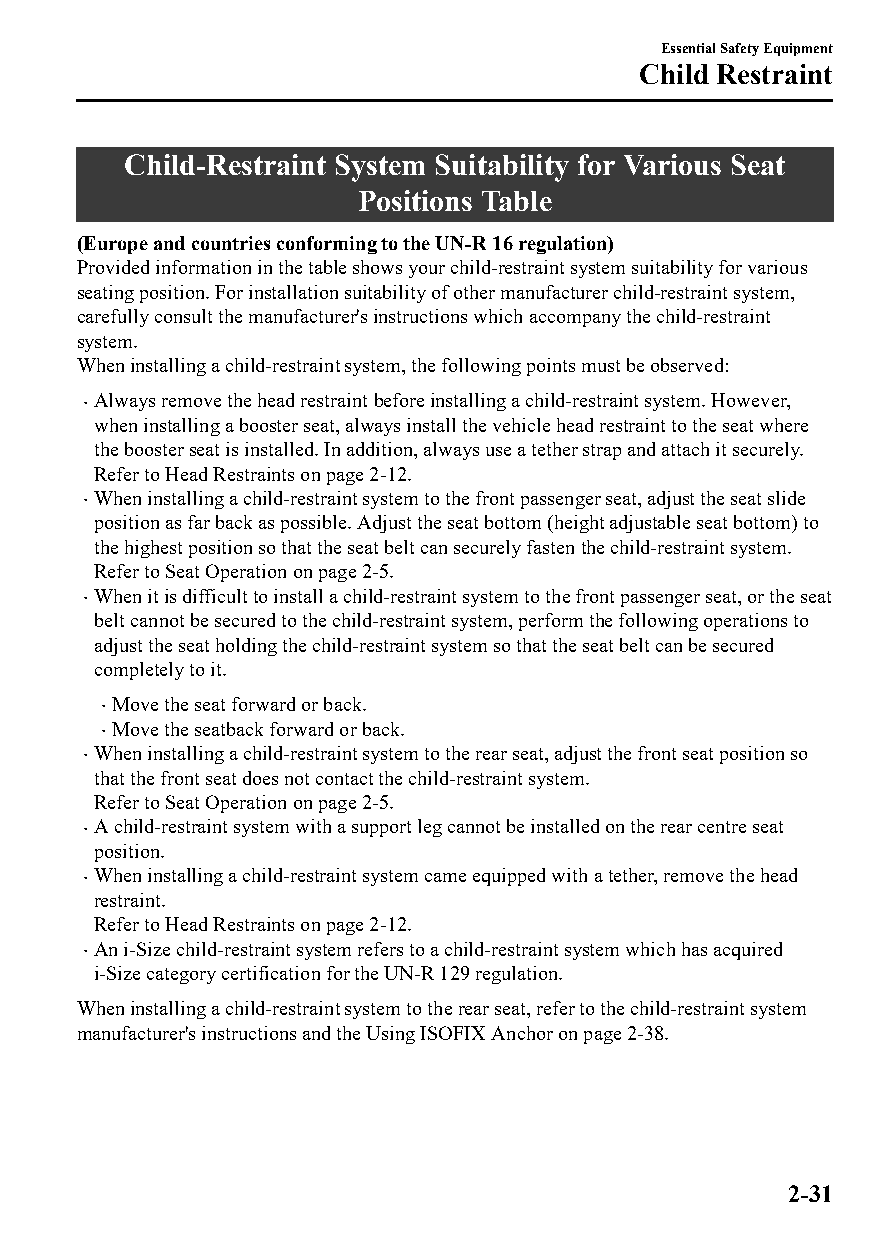
Essential Safety Equipment
 Child Restraint
 Child-Restraint System Suitability for Various Seat
 Positions Table
 (Europe and countries conforming to the UN-R 16 regulation)
 Provided information in the table shows your child-restraint system suitability for various
 seating position. For installation suitability of other manufacturer child-restraint system,
 carefully consult the manufacturer's instructions which accompany the child-restraint
 system.
 When installing a child-restraint system, the following points must be observed:
 Always remove the head restraint before installing a child-restraint system. However,
 
 when installing a booster seat, always install the vehicle head restraint to the seat where
 the booster seat is installed. In addition, always use a tether strap and attach it securely.
 Refer to Head Restraints on page 2-12.
 When installing a child-restraint system to the front passenger seat, adjust the seat slide
 
 position as far back as possible. Adjust the seat bottom (height adjustable seat bottom) to
 the highest position so that the seat belt can securely fasten the child-restraint system.
 Refer to Seat Operation on page 2-5.
 When it is difficult to install a child-restraint system to the front passenger seat, or the seat
 
 belt cannot be secured to the child-restraint system, perform the following operations to
 adjust the seat holding the child-restraint system so that the seat belt can be secured
 completely to it.
 Move the seat forward or back.
 
 Move the seatback forward or back.
 
 When installing a child-restraint system to the rear seat, adjust the front seat position so
 
 that the front seat does not contact the child-restraint system.
 Refer to Seat Operation on page 2-5.
 A child-restraint system with a support leg cannot be installed on the rear centre seat
 
 position.
 When installing a child-restraint system came equipped with a tether, remove the head
 
 restraint.
 Refer to Head Restraints on page 2-12.
 An i-Size child-restraint system refers to a child-restraint system which has acquired
 
 i-Size category certification for the UN-R 129 regulation.
 When installing a child-restraint system to the rear seat, refer to the child-restraint system
 manufacturer's instructions and the Using ISOFIX Anchor on page 2-38.
 2-31
 CX-3_8GT4-EE-18D_Edition4                  2018-9-6 18:32:19